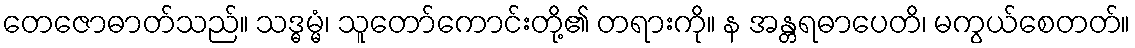
တေဇောဓာတ်သည်။ သဒ္ဓမ္မံ၊ သူတော်ကောင်းတို့၏ တရားကို။ န အန္တရဓာပေတိ၊ မကွယ်စေတတ်။